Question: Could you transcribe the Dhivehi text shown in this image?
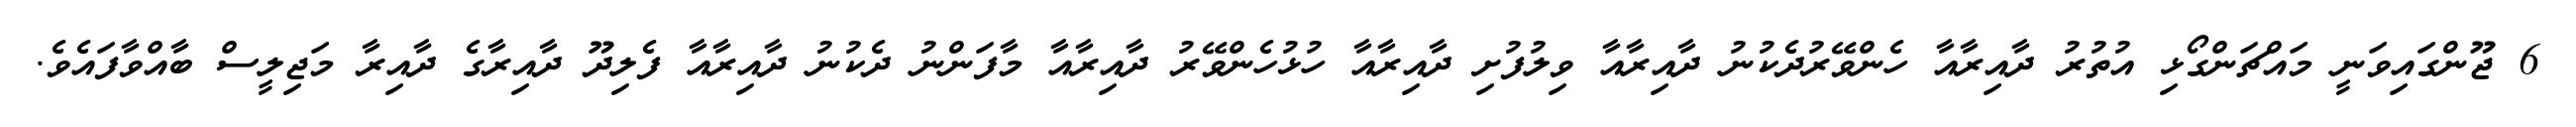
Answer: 6 ޖޫންގައިވަނީ މައްޗަންގޯޅި އުތުރު ދާއިރާއާ ހެންވޭރުދެކުނު ދާއިރާއާ ވިލުފުށި ދާއިރާއާ ހުޅުހެންވޭރު ދާއިރާއާ މާފަންނު ދެކުނު ދާއިރާއާ ފެލިދޫ ދާއިރާގެ ދާއިރާ މަޖިލީސް ބާއްވާފައެވެ.